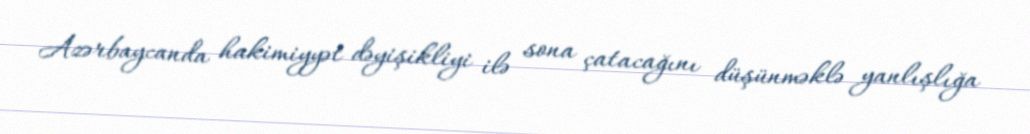
Azərbaycanda hakimiyyət dəyişikliyi ilə sona çatacağını düşünməklə yanlışlığa